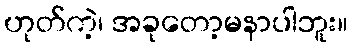
ဟုတ်ကဲ့၊ အခုတော့မနာပါဘူး။